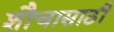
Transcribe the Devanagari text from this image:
शौचासाठी